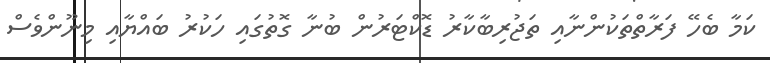
ކަމާ ބެހޭ ފަރާތްތަކުންނާއި ތަޖުރިބާކާރު ޑޮކްޓަރުން ބުނާ ގޮތުގައި ހަކުރު ބައްޔާއި މިނޫންވެސް